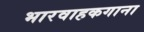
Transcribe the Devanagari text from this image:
भारवाहकगाना